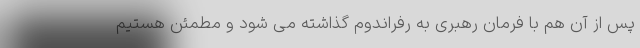
پس از آن هم با فرمان رهبری به رفراندوم گذاشته می شود و مطمئن هستیم